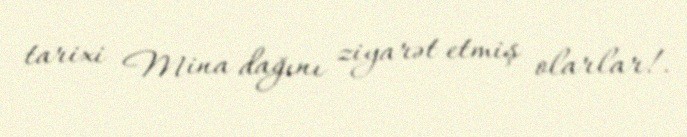
tarixi Mina dağını ziyarət etmiş olarlar!.